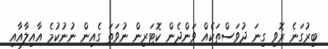
ބިރުގަނެ ރޮވި ގިނަ ދުވަސްތަކެއް ވަންދެން ކޮޓަރިން ނުވަތަ ގެއިން ނުނުކުމެ އާއިލާއާއި